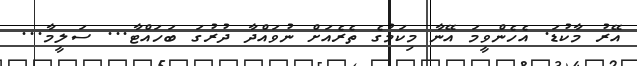
އޭރު މާކުޑަ. އެހެންވީމަ އޭނާ މިކަމުގެ ތެރެއަށް ނުވައްދާ ދުރުގަ ބަހައްޓާ... ސަލީމާ...